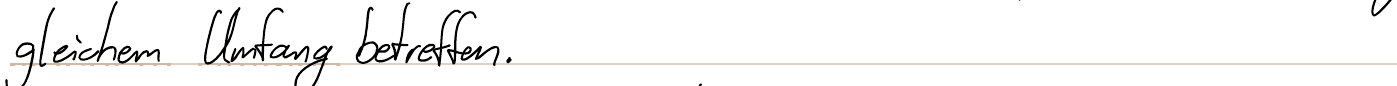
gleichem Umfang betreffen.